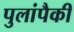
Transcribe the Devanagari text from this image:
पुलांपैकी